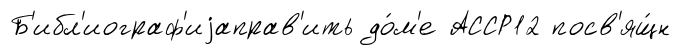
Б'ибл'иограф'иjаправ'ить до́м'е АССР12 посв'ящ́н